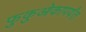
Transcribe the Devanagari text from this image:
फुकुओकापर्यंत